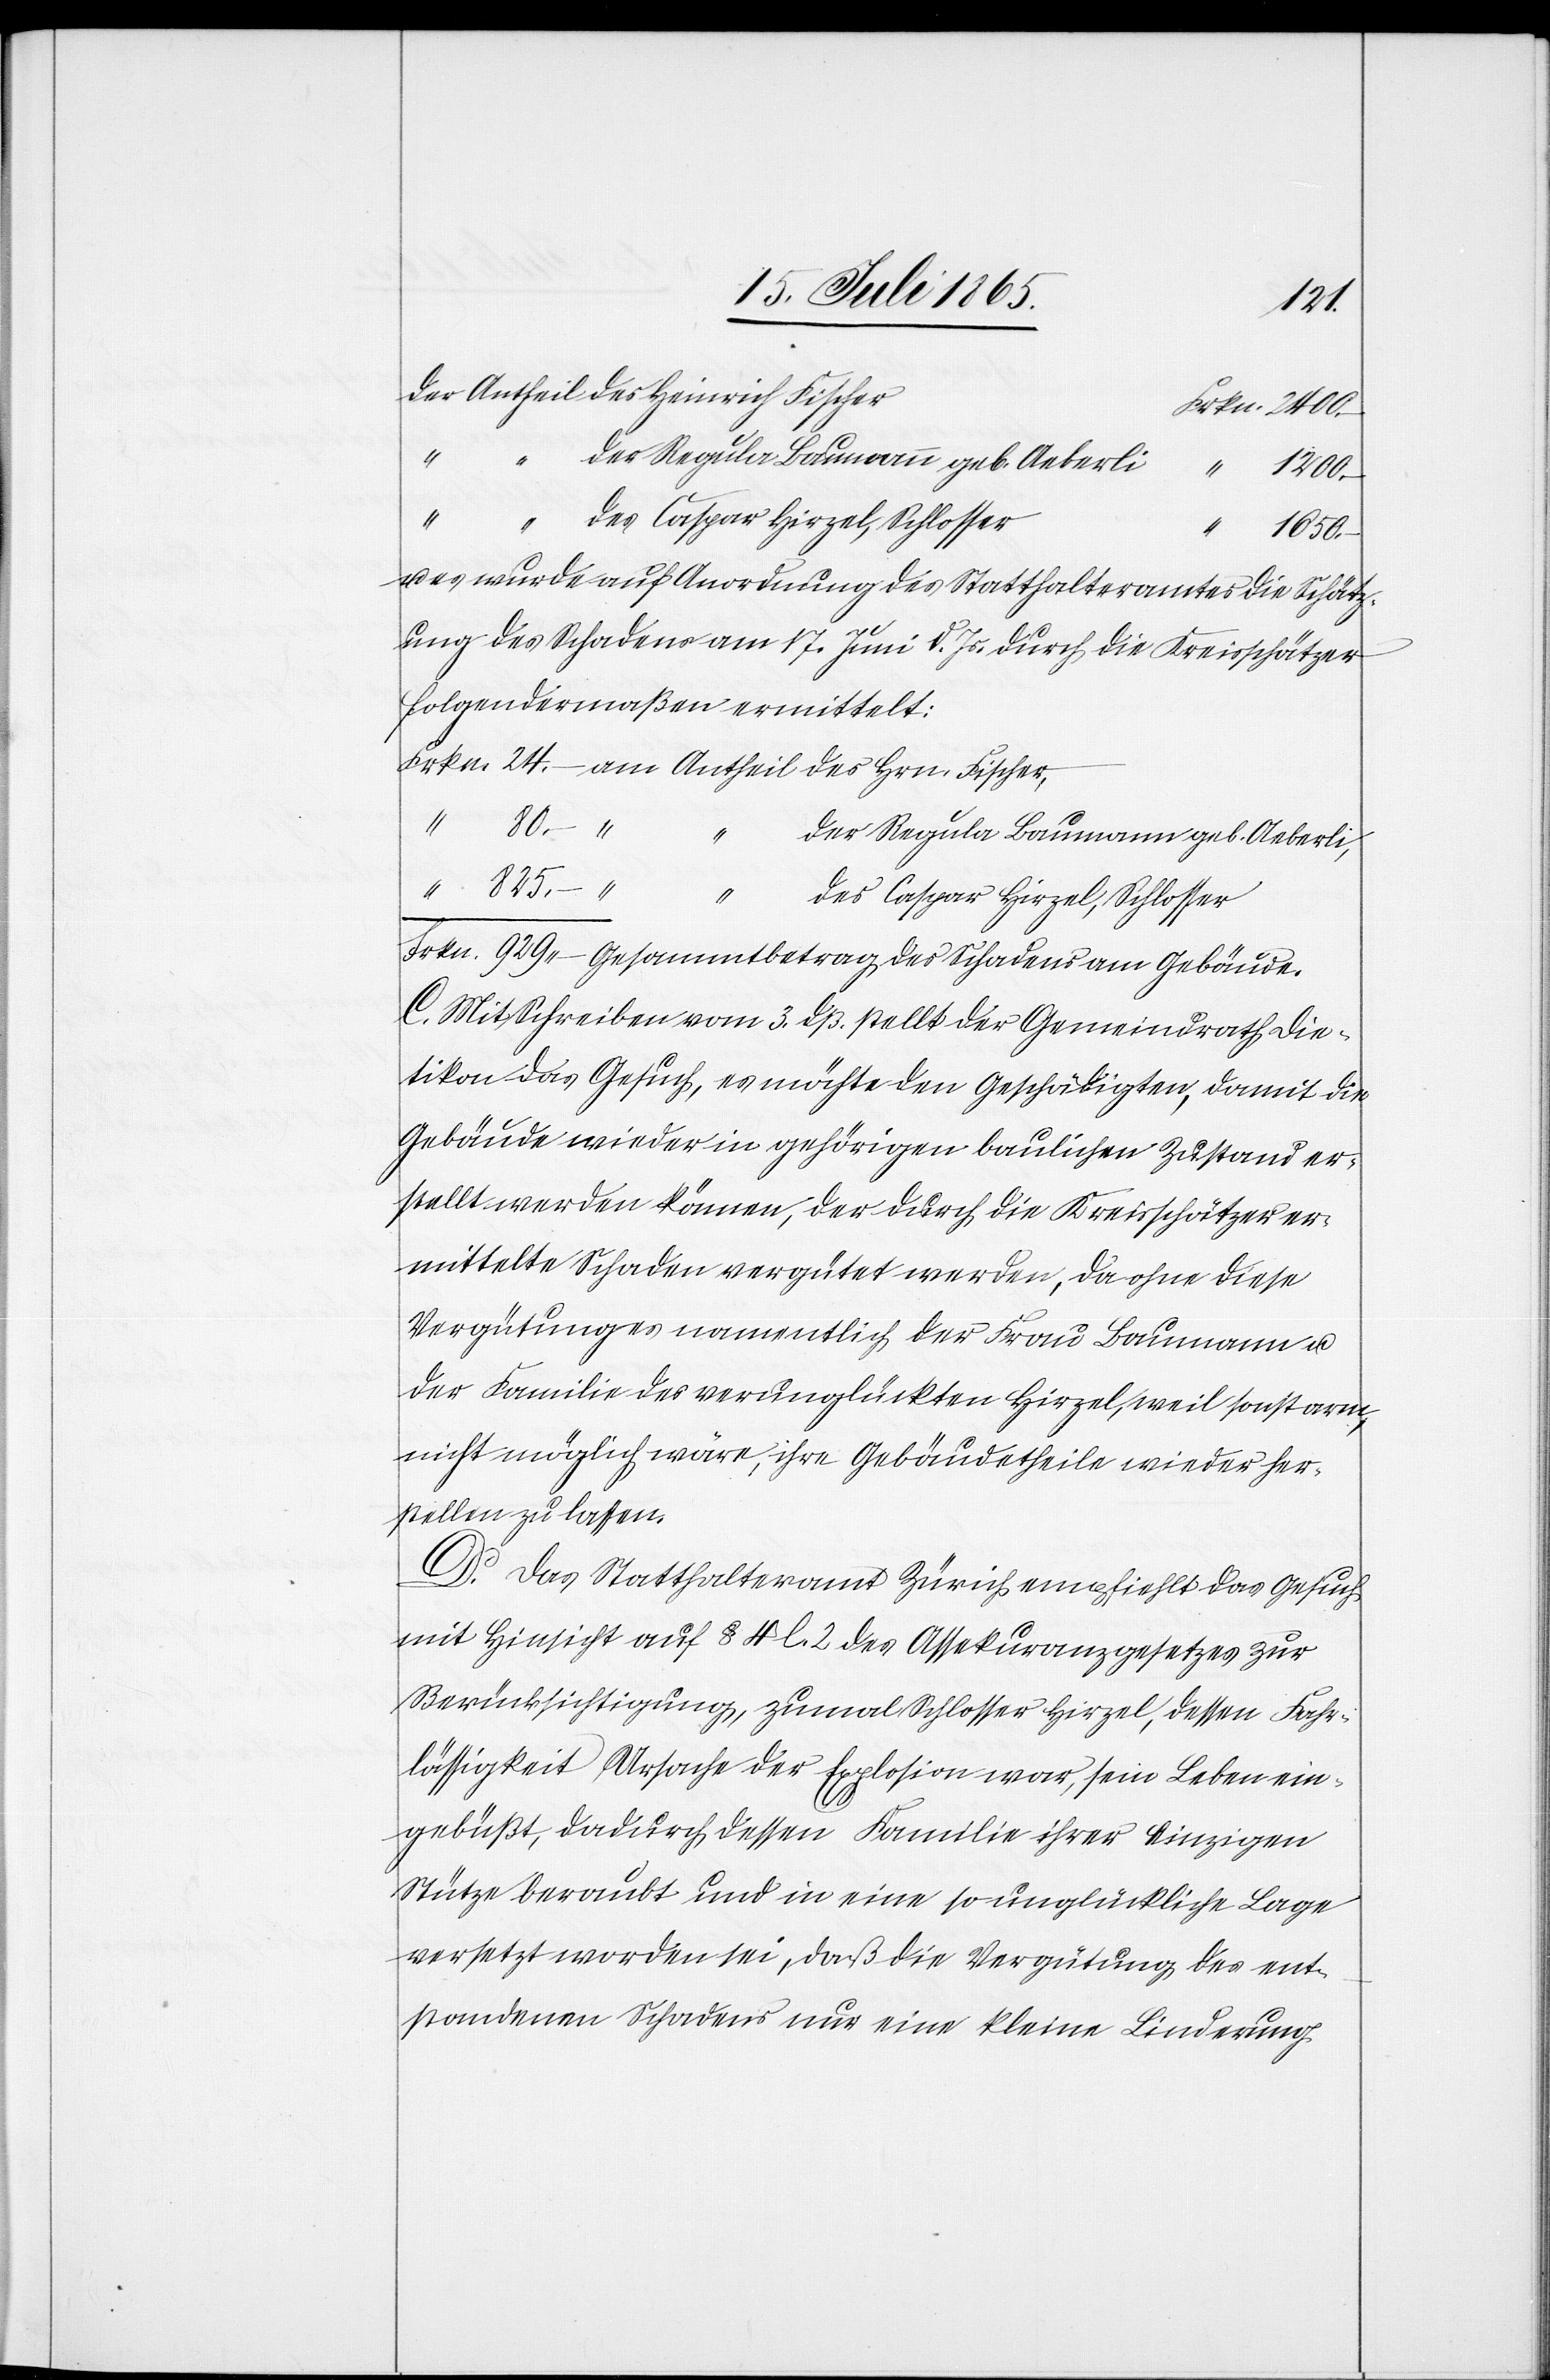
Der Antheil des Heinrich Fischer
–
der Regula Baumann geb. Aeberli
u.
“
1650.
es wurde auf Anordnung des Statthalteramtes die Schätz¬
ung des Schadens am 17. Juni d. Js. durch die Kreisschätzer
folgendermaßen ermittelt:
Frkn. 24.– am Antheil des Hrn. Fischer,
80.– “
der Regula Baumann geb. Aeberli,
“ 825.– “
des Caspar Hirzel, Schlosser
Frkn. 929.– Gesammtbetrag des Schadens am Gebäude.
C. Mit Schreiben vom 3. dß. stellt der Gemeindrath Die¬
tikon das Gesuch, es möchte den Geschädigten, damit die
Gebäude wieder in gehörigen baulichen Zustand er¬
stellt werden können, der durch die Kreisschätzer er¬
mittelte Schaden vergütet werden, da ohne diese
Vergütung es namentlich der Frau Baumann u.
der Familie des verunglückten Hirzel, weil sonst arm,
nicht möglich wäre, ihre Gebäudetheile wieder her¬
stellen zu lassen.
D. Das Statthalteramt Zürich empfiehlt das Gesuch
mit Hinsicht auf § 4 l. 2 des Assekuranzgesetzes zur
Berücksichtigung, zumal Schlosser Hirzel, dessen Fahr¬
lässigkeit Ursache der Explosion war, sein Leben ein¬
gebüßt, dadurch dessen Familie ihrer einzigen
Stütze beraubt und in eine so unglückliche Lage
versetzt worden sei, daß die Vergütung des ent¬
standenen Schadens nur eine kleine Linderung